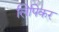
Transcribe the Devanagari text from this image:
लिपिकर